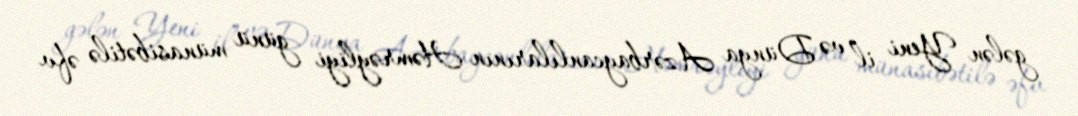
gələn Yeni il və Dünya Azərbaycanlılarının Həmrəyliyi günü münasibətilə əfv